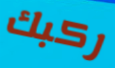
ركبك